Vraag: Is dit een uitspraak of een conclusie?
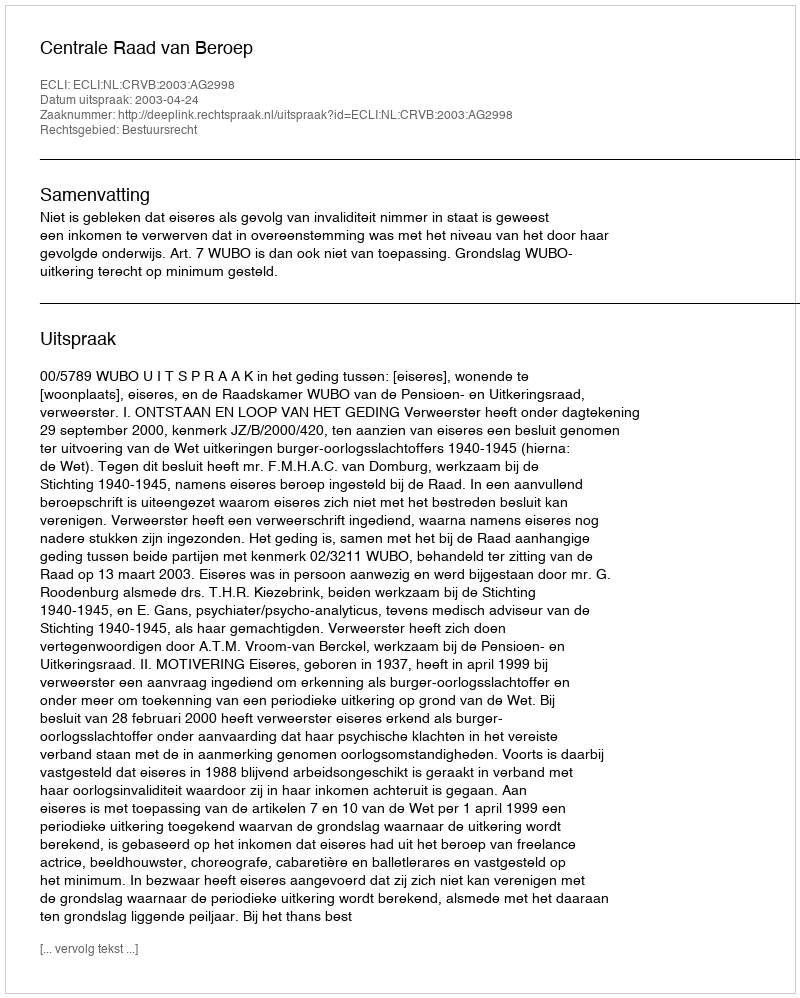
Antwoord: Uitspraak